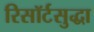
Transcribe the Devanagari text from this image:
रिसॉर्टसुद्धा